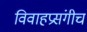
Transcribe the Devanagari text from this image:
विवाहप्रसंगीच